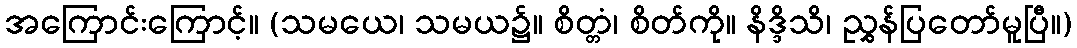
အကြောင်းကြောင့်။ (သမယေ၊ သမယ၌။ စိတ္တံ၊ စိတ်ကို။ နိဒ္ဒိသိ၊ ညွှန်ပြတော်မူပြီ။)